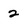
Character: 2